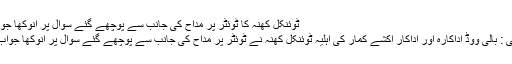
ٹوئنکل کھنہ کا ٹوئٹر پر مداح کی جانب سے پوچھے گئے سوال پر انوکھا جواب -
ممبئی : بالی ووڈ اداکارہ اور اداکار اکشے کمار کی اہلیہ ٹوئنکل کھنہ نے ٹوئٹر پر مداح کی جانب سے پوچھے گئے سوال پر انوکھا جواب دیا۔